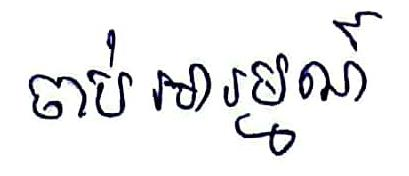
ចាប់អារម្មណ៍